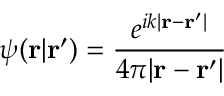
\psi ( \mathbf { r } | \mathbf { r } ^ { \prime } ) = { \frac { e ^ { i k | \mathbf { r } - \mathbf { r } ^ { \prime } | } } { 4 \pi | \mathbf { r } - \mathbf { r } ^ { \prime } | } }